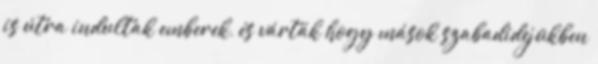
is útra indultak emberek, és várták hogy mások szabadidejükben